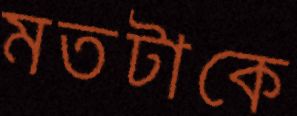
মতটাকে